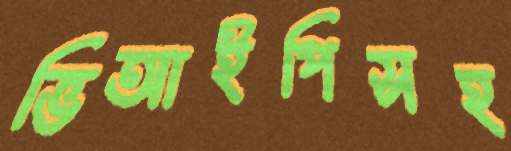
ভিআইপিসহ